NAE_ERA_R-30_Eesti_Riiklik_Spordiamet, lk 246
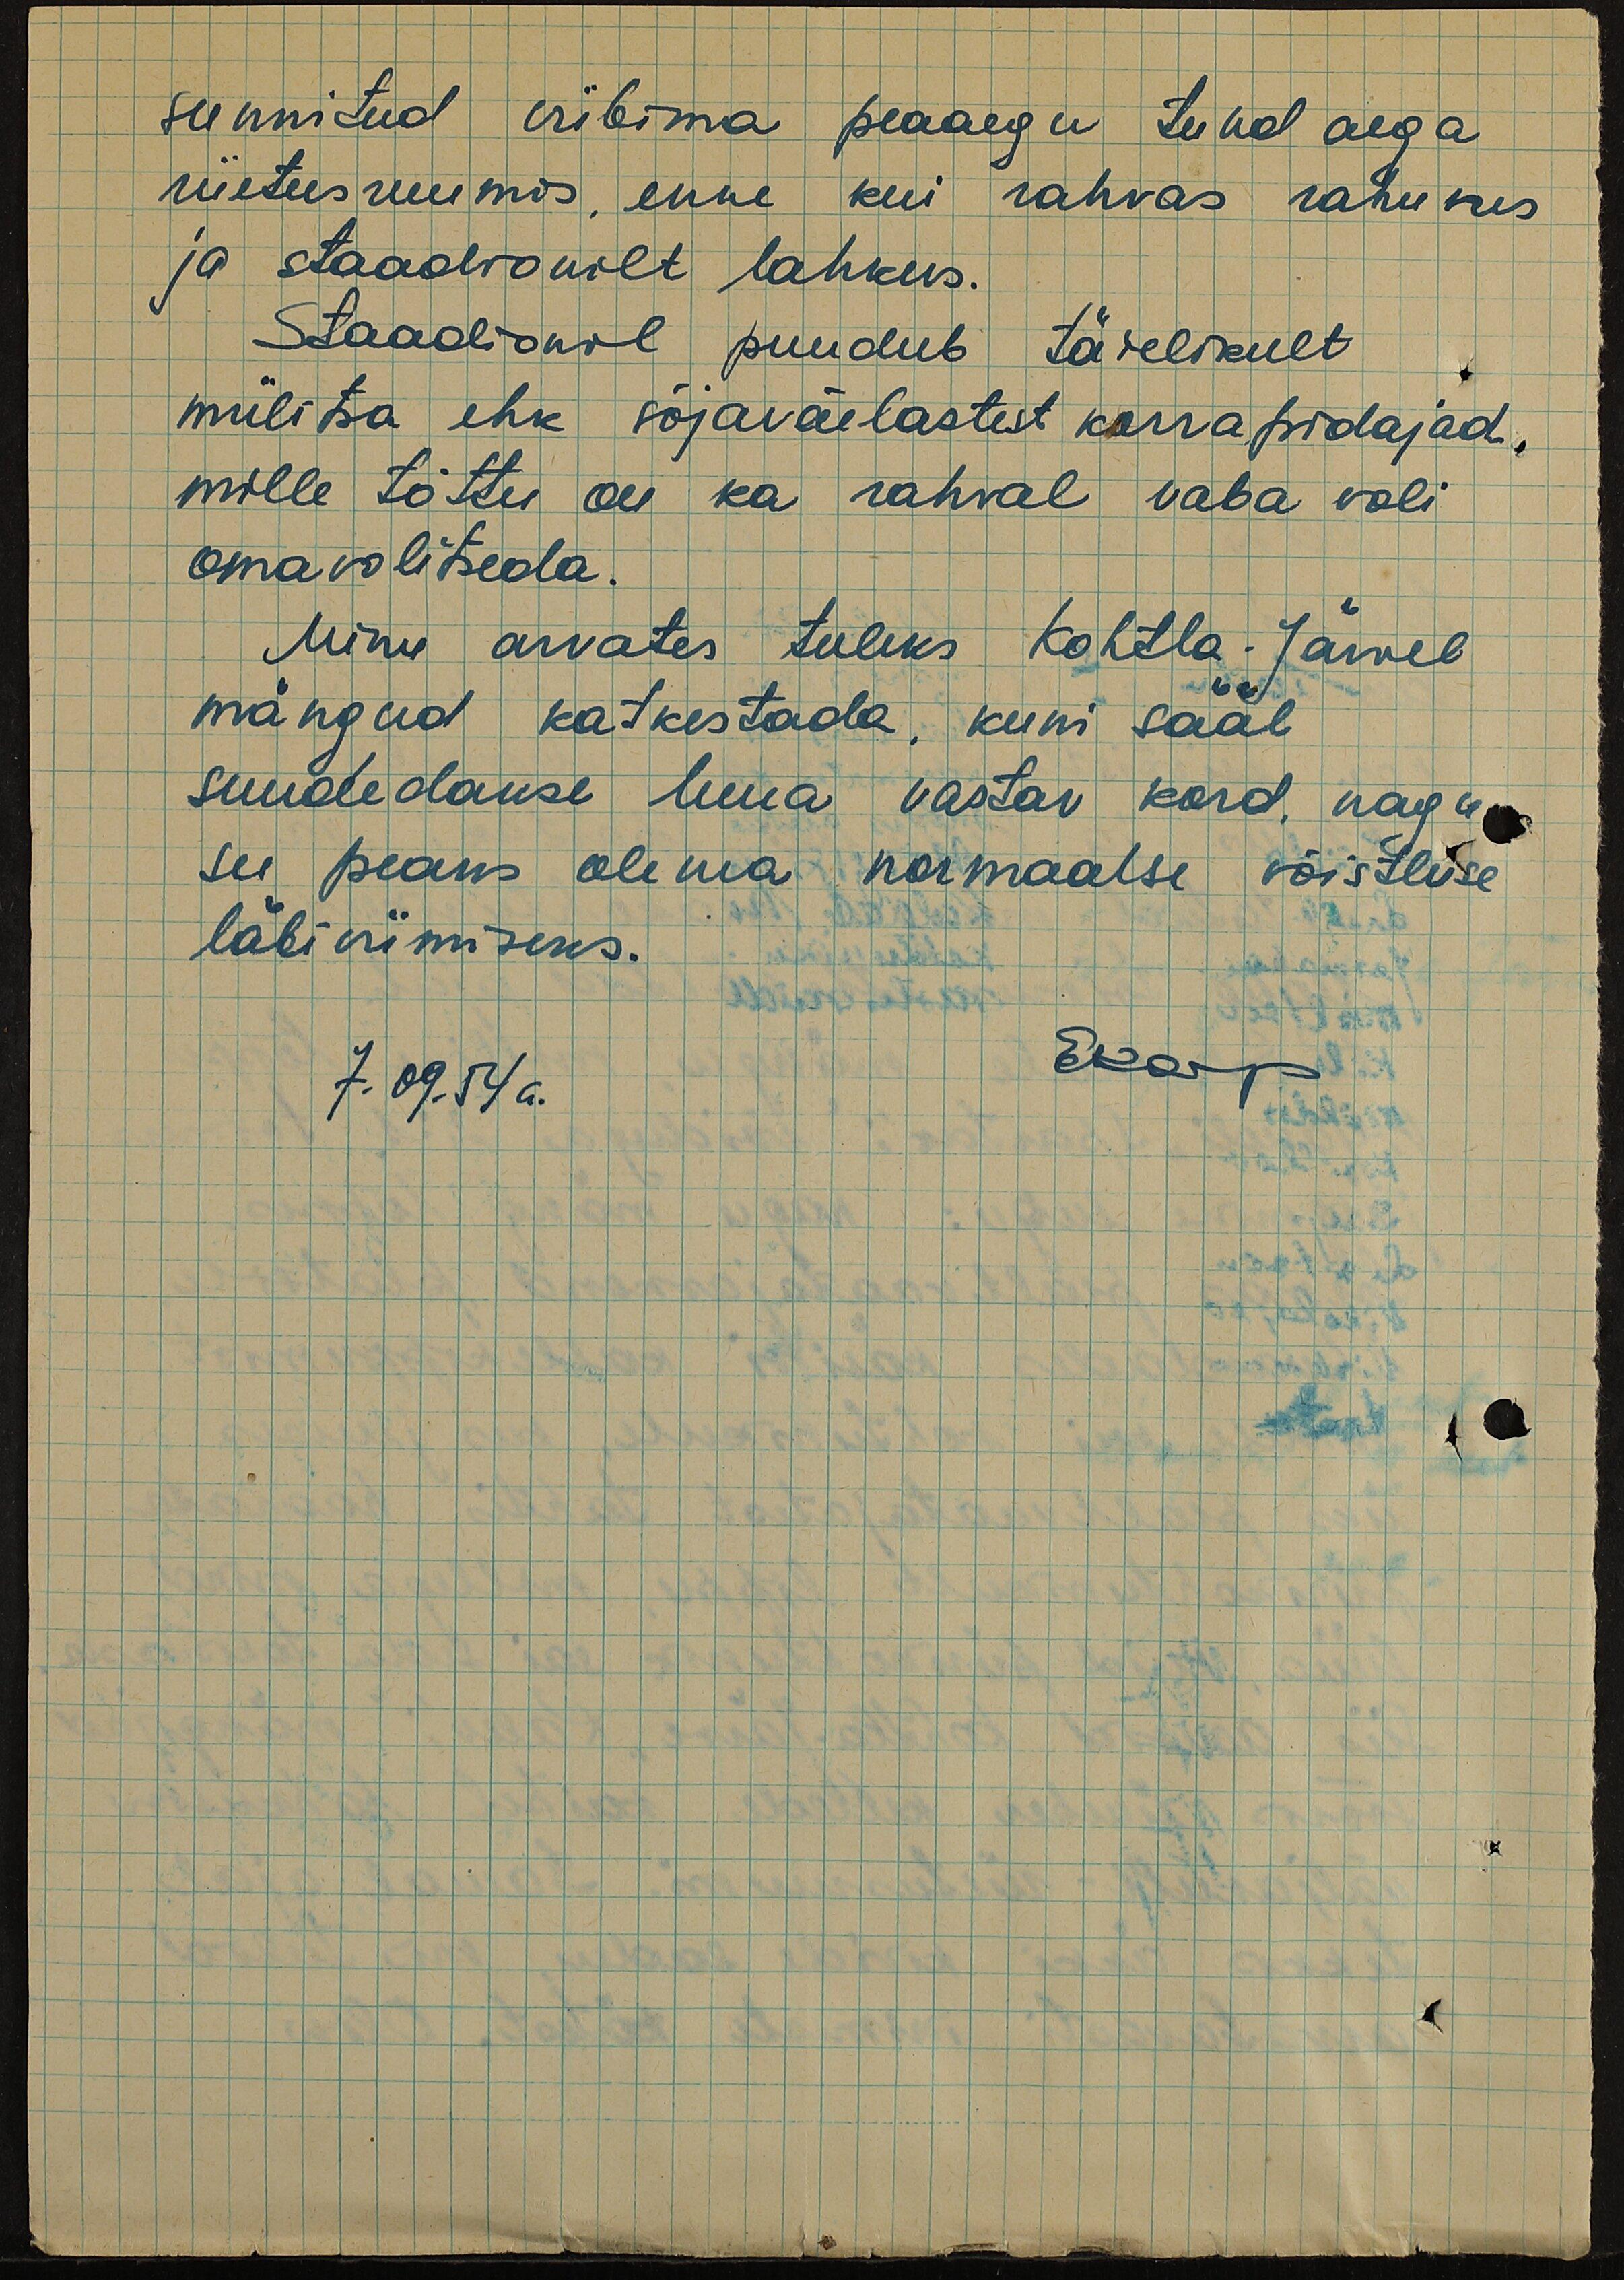
sunnitud viibima peaaegu tund aega
riietusruumis, enne kui rahvas rahunes
ja staadionilt lahkus.
Staadionil puudub täielikult
miilitsa ehk sõjaväelastest korrapidajad,
mille tõttu on ka rahval vaba voli
omavolitseda.
Minu arvates tuleks Kohtla-Järvel
mängud katkestada, kuni sääl
suudedakse luua vastav kord, nagu
see peaks olema normaalse võistluse
läbiviimiseks.
7.09.54 a.
EKarp